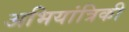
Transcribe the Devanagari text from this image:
अभियांत्रिकी